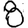
Digit: 8